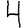
Digit: 4